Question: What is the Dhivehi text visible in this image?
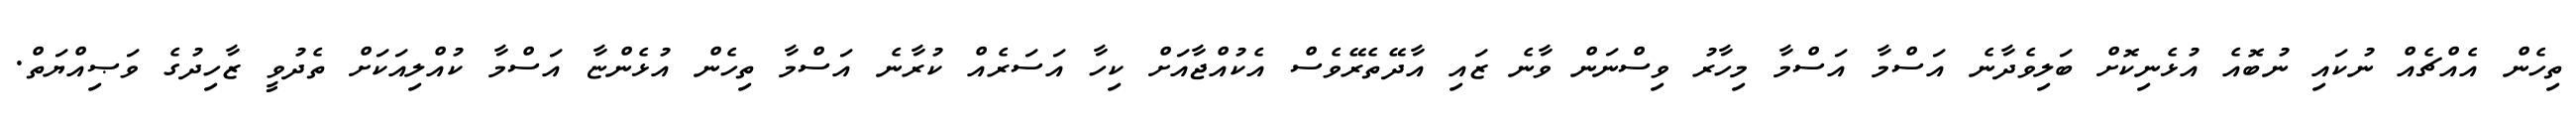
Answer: ތިހެން އެއްޗެއް ނުކައި ނުބޮއެ އުޅެނިކޮށް ބަލިވެދާނެ އަސްމާ އަސްމާ މިހާރު ވިސްނަން ވާނެ ޒައި އާދޭތެރޭވެސް އެކުއްޖާއަށް ކިހާ އަސަރެއް ކުރާނެ އަސްމާ ތިހެން އުޅެންޏާ އަސްމާ ކުއްލިއަކަށް ތެދުވީ ޒާހިދުގެ ވަޞިއްޔަތް.